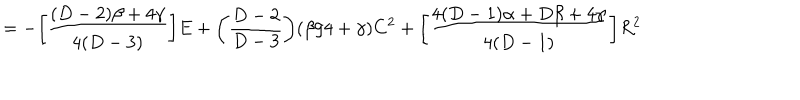
LaTeX: = - \bigg [ \frac { ( D - 2 ) \beta + 4 \gamma } { 4 ( D - 3 ) } \bigg ] E + \bigg ( \frac { D - 2 } { D - 3 } \bigg ) ( \beta / 4 + \gamma ) C ^ { 2 } + \bigg [ \frac { 4 ( D - 1 ) \alpha + D \beta + 4 \gamma } { 4 ( D - 1 ) } \bigg ] R ^ { 2 } \,